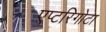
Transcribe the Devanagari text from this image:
एप्टरिगोटा